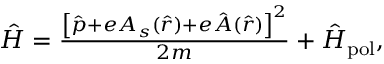
\begin{array} { r } { \hat { H } = \frac { \left[ \hat { \boldsymbol { p } } + e \boldsymbol { A } _ { s } ( \hat { \boldsymbol { r } } ) + e \hat { \boldsymbol { A } } ( \hat { \boldsymbol { r } } ) \right] ^ { 2 } } { 2 m } + \hat { H } _ { \mathrm { p o l } } , } \end{array}